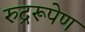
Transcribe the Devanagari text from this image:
रुद्ररूपेण